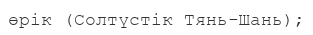
өрік (Солтүстік Тянь-Шань);